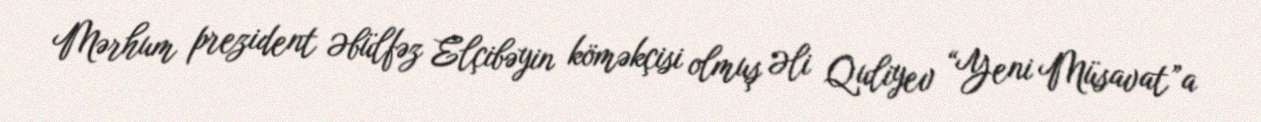
Mərhum prezident Əbülfəz Elçibəyin köməkçisi olmuş Əli Quliyev “Yeni Müsavat”a